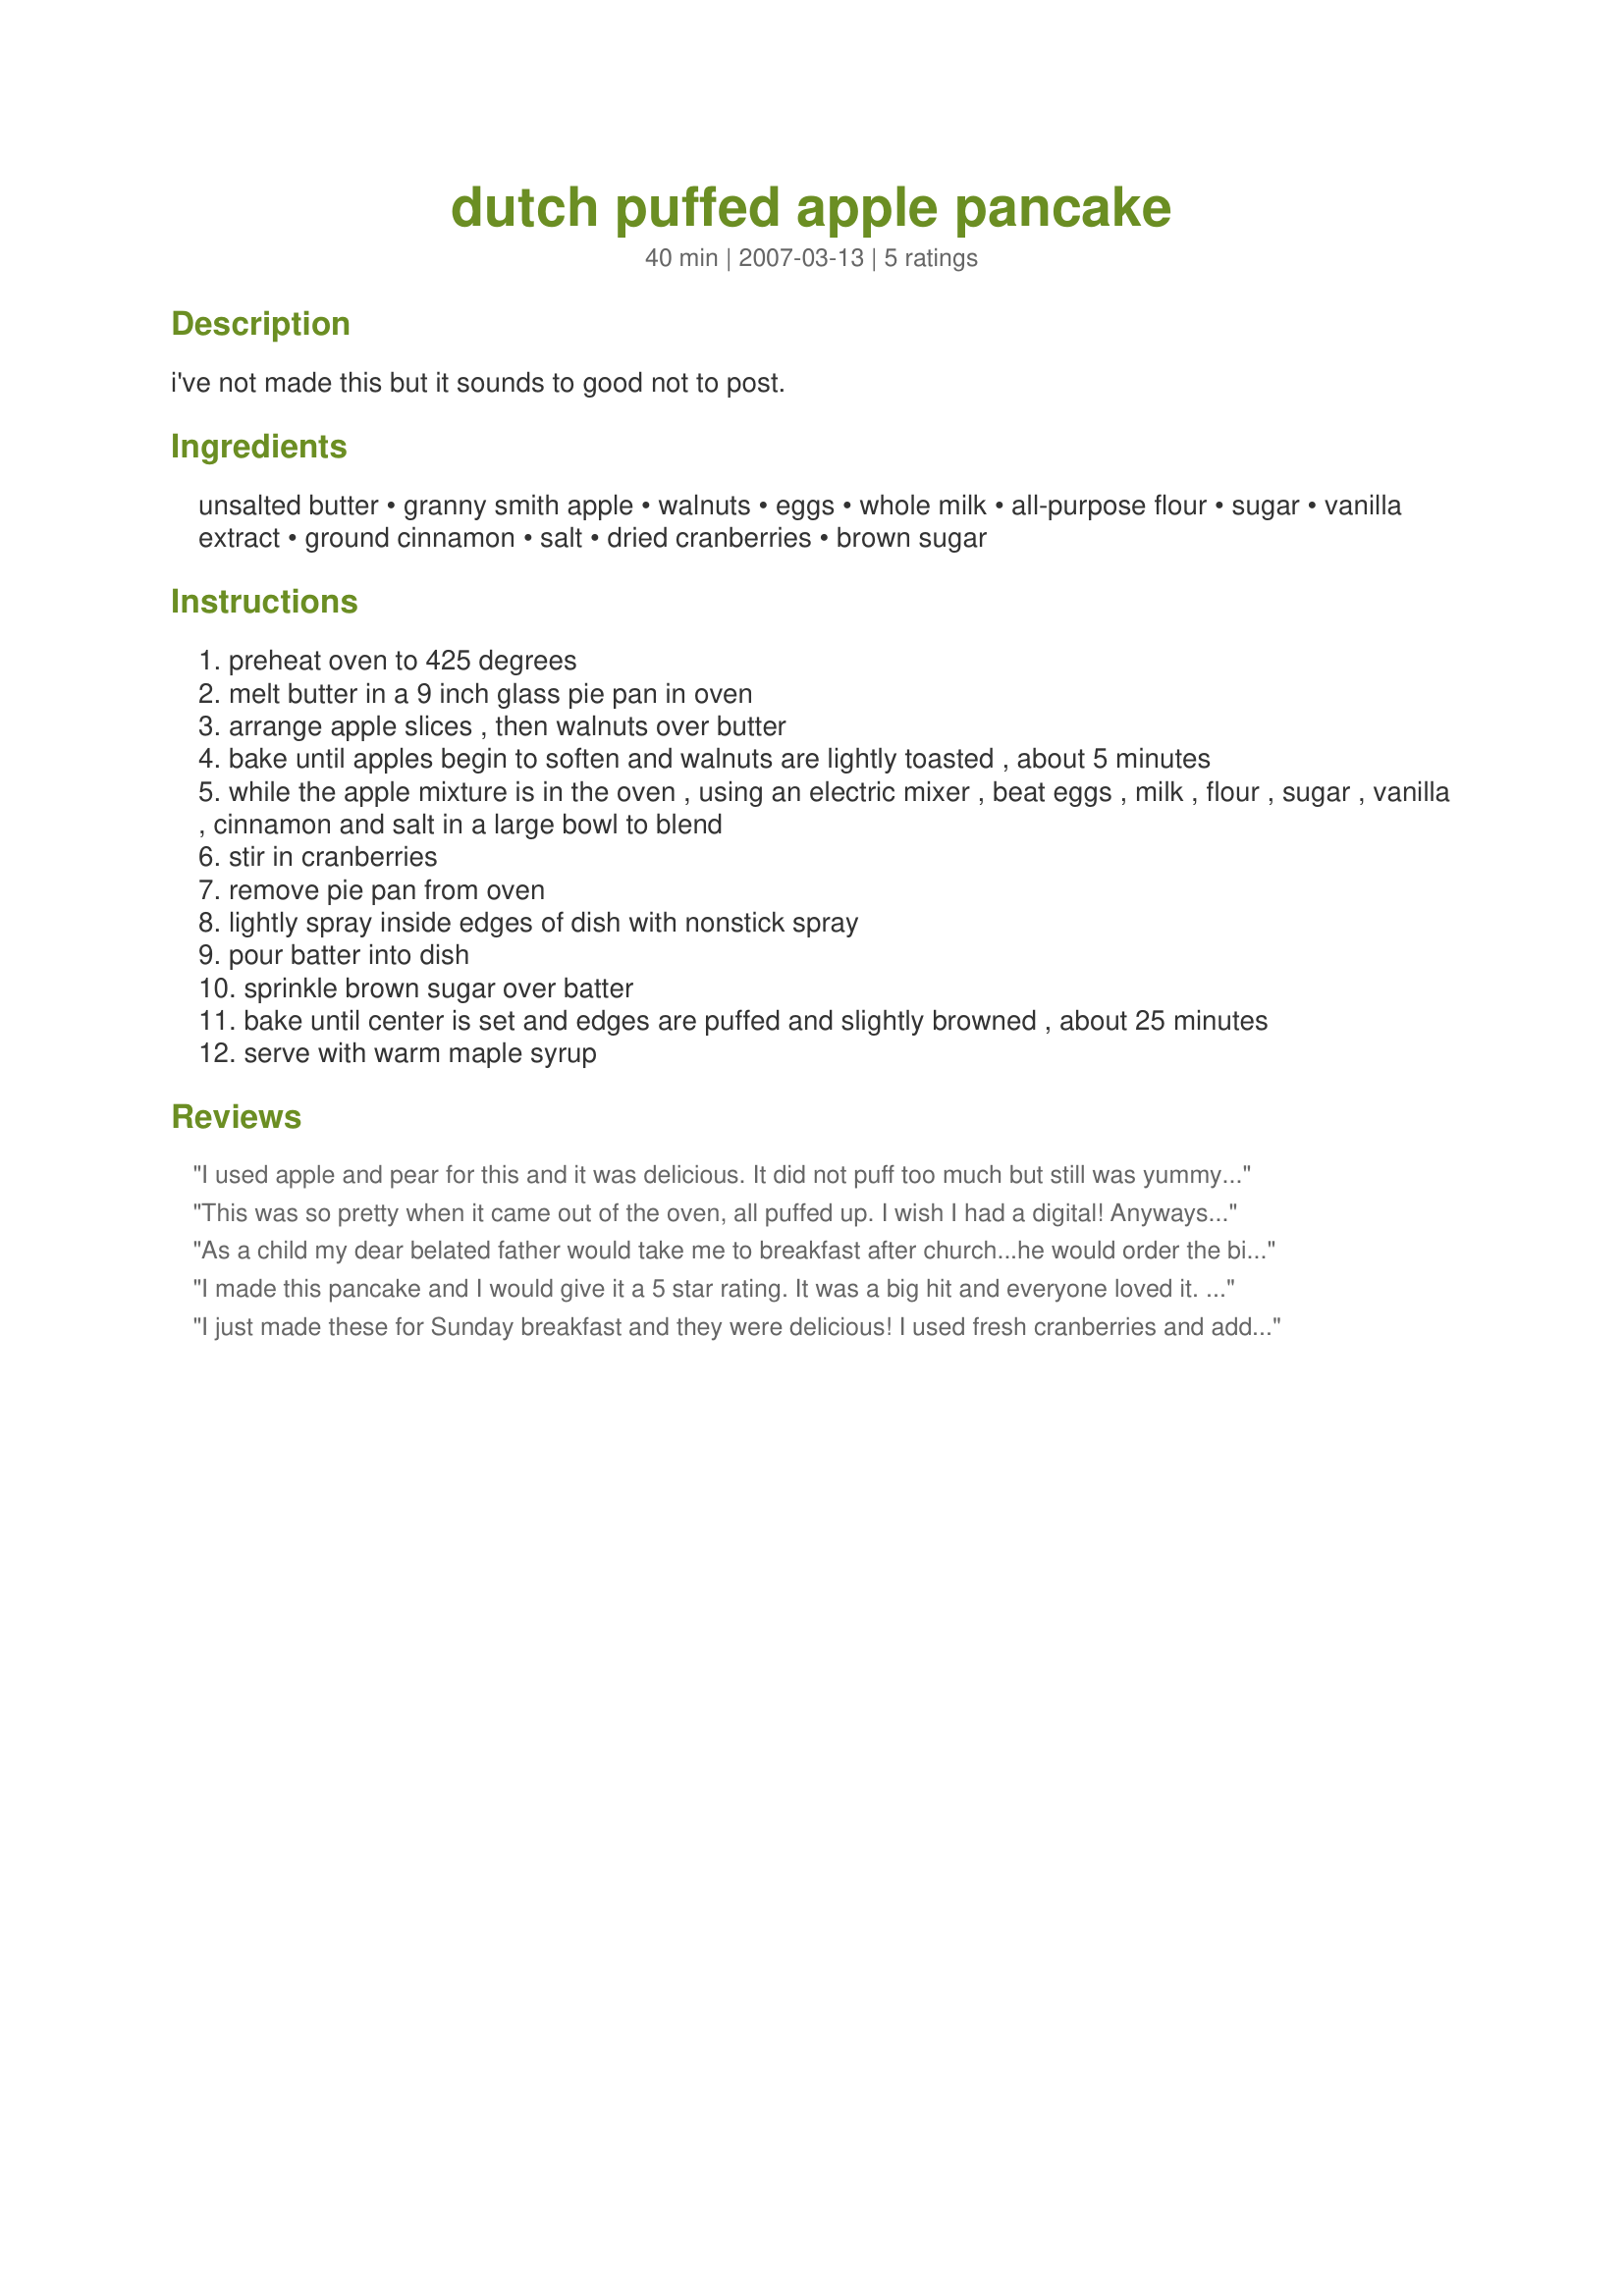
dutch puffed apple pancake
Preparation time: 40 minutes

i've not made this but it sounds to good not to post.

Ingredients:
unsalted butter, granny smith apple, walnuts, eggs, whole milk, all-purpose flour, sugar, vanilla extract, ground cinnamon, salt, dried cranberries, brown sugar

Steps:
preheat oven to 425 degrees
melt butter in a 9 inch glass pie pan in oven
arrange apple slices , then walnuts over butter
bake until apples begin to soften and walnuts are lightly toasted , about 5 minutes
while the apple mixture is in the oven , using an electric mixer , beat eggs , milk , flour , sugar , vanilla , cinnamon and salt in a large bowl to blend
stir in cranberries
remove pie pan from oven
lightly spray inside edges of dish with nonstick spray
pour batter into dish
sprinkle brown sugar over batter
bake until center is set and edges are puffed and slightly browned , about 25 minutes
serve with warm maple syrup

Reviews:
I used apple and pear for this and it was delicious. It did not puff too much but still was yummy. Oh it was minus the cranberries too.
This was so pretty when it came out of the oven, all puffed up. I wish I had a digital! Anyways, I used margarine, a Red Delicious apple (all I had right now :(), 4 medium eggs, w.w. pastry flour, and no cranberries. I also did not use the brown sugar, but in hindsight, think it needs it. My egg hating DD ate it and my sick 4 yo ate some, so I consider it a success! Thanks Charlotte!
As a child my dear belated father would take me to breakfast after church...he would order the big apple and I the baby apple......making this recipe reminded me of a wonderful moment in time...I did alter the recipe a tad by using baking soda to help hold the rise. I do suggest using a glass pie plate to create a beautiful look I remember seeing at the restaurant.
I made this pancake and I would give it a 5 star rating. It was a big hit and everyone loved it. From Chef 1237072
I just made these for Sunday breakfast and they were delicious! I used fresh cranberries and added them with the apples and nuts. I will definitely make these again.
